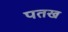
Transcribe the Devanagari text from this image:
पतख